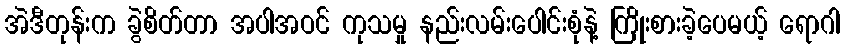
အဲဒီတုန်းက ခွဲစိတ်တာ အပါအဝင် ကုသမှု နည်းလမ်းပေါင်းစုံနဲ့ ကြိုးစားခဲ့ပေမယ့် ရောဂါ